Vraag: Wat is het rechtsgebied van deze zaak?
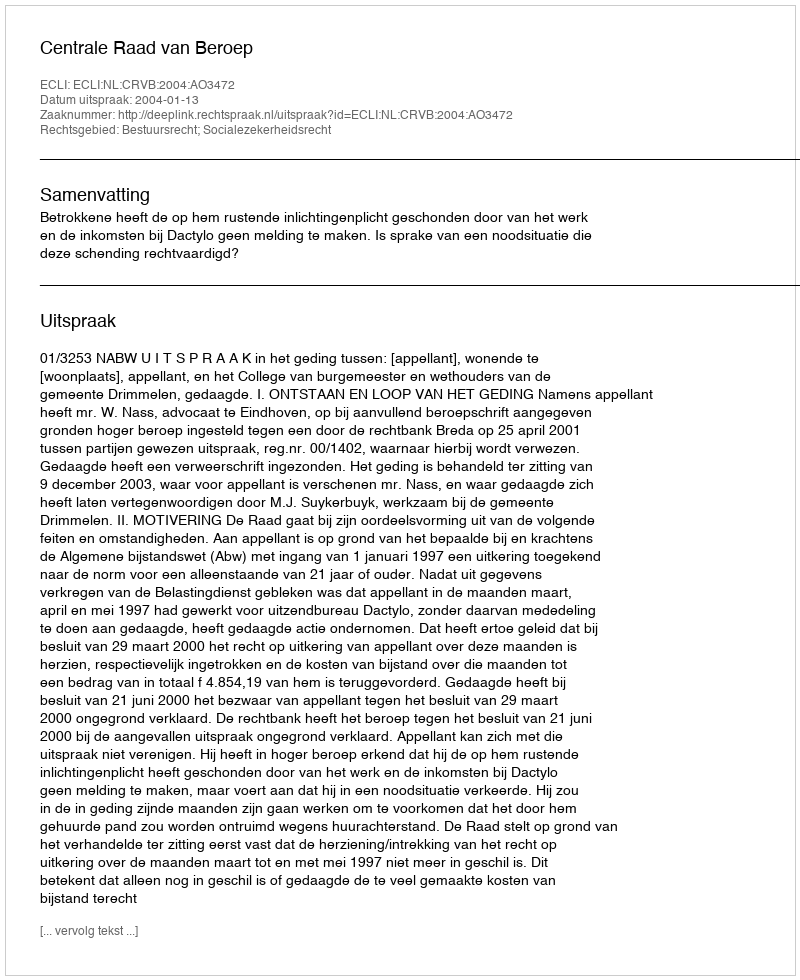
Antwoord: Bestuursrecht; Socialezekerheidsrecht